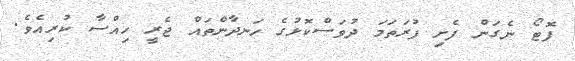
ފޮޓޯ ނެގަން ފެށި ފުރަތަމަ ދުވަސްކޮޅުގެ ހަނދާންތައް ޖެރީ ހިއްސާ ކުރިއެވެ.